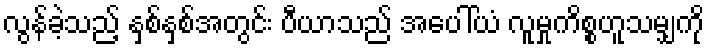
လွန်ခဲ့သည့် နှစ်နှစ်အတွင်း ပီယာသည် အပေါ်ယံ လူမှုကိစ္စဟူသမျှကို